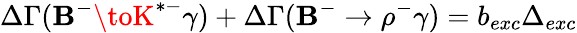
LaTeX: \Delta\Gamma(\mathbf{B}^{-}\toK^{*-}\gamma)+\Delta\Gamma(\mathbf{B}^{-}\to\rho^{-}\gamma)=b_{exc}\Delta_{exc}